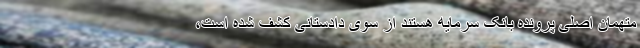
متهمان اصلی پرونده بانک سرمایه هستند از سوی دادستانی کشف شده است،